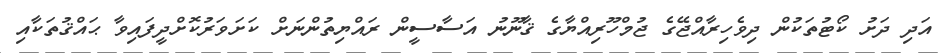
އަދި ދަށު ކޯޓުތަކުން ދިވެހިރާއްޖޭގެ ޖުމްހޫރިއްޔާގެ ޤާނޫނު އަސާސީން ރައްޔިތުންނަށް ކަށަވަރުކޮށްދީފައިވާ ޙައްޤުތަކާއި